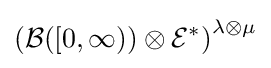
\left({\mathcal {B}}([0,\infty ))\otimes {\mathcal {E}}^{*}\right)^{\lambda \otimes \mu }